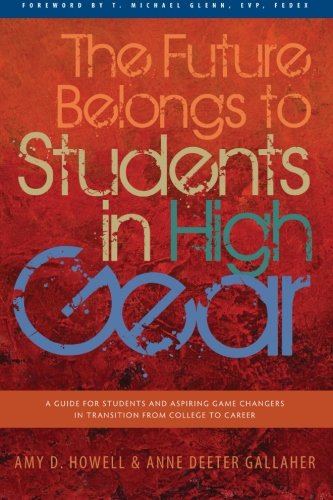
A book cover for The Future Belongs to Students in High Gear: A Guide for Students and Aspiring Game Changers in Transition from College to Career (Volume 2); Amy D. Howell; Education & Teaching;